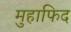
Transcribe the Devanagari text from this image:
मुहाफिद